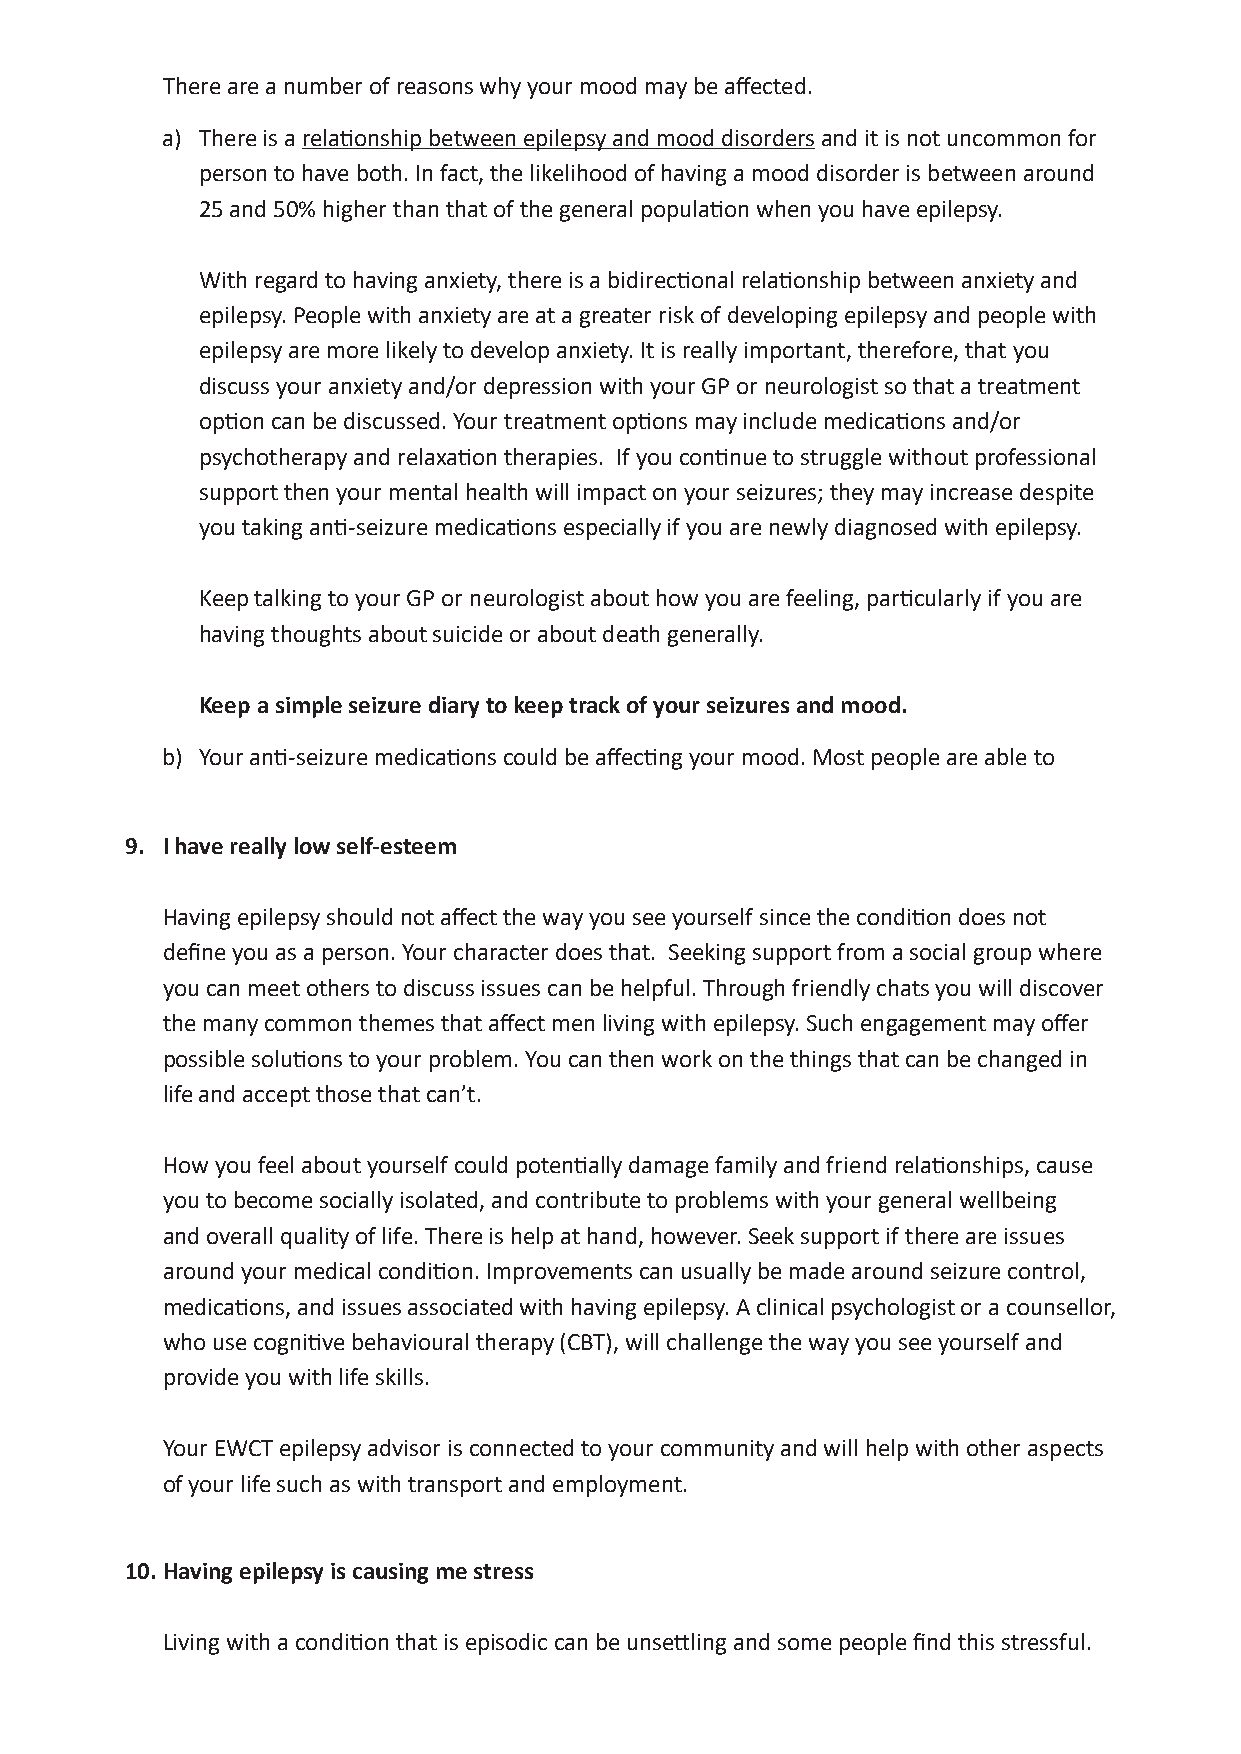
There are a number of reasons why your mood may be affected.
 a) There is a relationship between epilepsy and mood disorders and it is not uncommon for
 person to have both. In fact, the likelihood of having a mood disorder is between around
 25 and 50% higher than that of the general population when you have epilepsy.
 With regard to having anxiety, there is a bidirectional relationship between anxiety and
 epilepsy. People with anxiety are at a greater risk of developing epilepsy and people with
 epilepsy are more likely to develop anxiety. It is really important, therefore, that you
 discuss your anxiety and/or depression with your GP or neurologist so that a treatment
 option can be discussed. Your treatment options may include medications and/or
 psychotherapy and relaxation therapies. If you continue to struggle without professional
 support then your mental health will impact on your seizures; they may increase despite
 you taking anti-seizure medications especially if you are newly diagnosed with epilepsy.
 Keep talking to your GP or neurologist about how you are feeling, particularly if you are
 having thoughts about suicide or about death generally.
 Keep a simple seizure diary to keep track of your seizures and mood.
 b ) Your anti-seizure medications could be affecting your mood. Most people are able to
 9. I have really low self-esteem
 Having epilepsy should not affect the way you see yourself since the condition does not
 define you as a person. Your character does that. Seeking support from a social group where
 you can meet others to discuss issues can be helpful. Through friendly chats you will discover
 the many common themes that affect men living with epilepsy. Such engagement may offer
 possible solutions to your problem. You can then work on the things that can be changed in
 life and accept those that can’t.
 How you feel about yourself could potentially damage family and friend relationships, cause
 you to become socially isolated, and contribute to problems with your general wellbeing
 and overall quality of life. There is help at hand, however. Seek support if there are issues
 around your medical condition. Improvements can usually be made around seizure control,
 medications, and issues associated with having epilepsy. A clinical psychologist or a counsellor,
 who use cognitive behavioural therapy (CBT), will challenge the way you see yourself and
 provide you with life skills.
 Your EWCT epilepsy advisor is connected to your community and will help with other aspects
 of your life such as with transport and employment.
 10. Having epilepsy is causing me stress
 Living with a condition that is episodic can be unsettling and some people find this stressful.